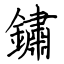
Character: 鏽